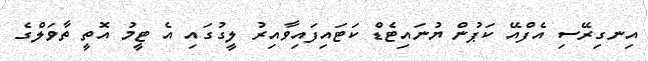
އިނގިރޭސި އެފްއޭ ކަޕުން ޔުނައިޓެޑް ކަޓައިފައިވާއިރު ލީގުގައި އެ ޓީމު އޮތީ ތާވަލްގެ